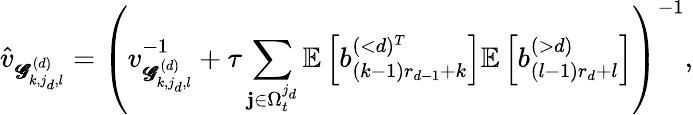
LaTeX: \hat{v}_{\pmb{\mathscr{G}}_{k,j_{d},l}^{(d)}}=\left({v}_{\pmb{\mathscr{G}}_{k,j_{d},l}^{(d)}}^{-1}+\tau\sum_{\mathbf{j}\in\Omega_{t}^{j_{d}}}\mathbb{E}\left[b_{(k-1)r_{d-1}+k}^{(<d)^{T}}\right]\mathbb{E}\left[b_{(l-1)r_{d}+l}^{(>d)}\right]\right)^{-1},